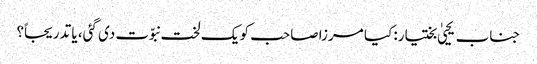
جناب یحییٰ بختیار: کیا مرزا صاحب کو یک لخت نبوّت دی گئی، یا تدریجاً؟